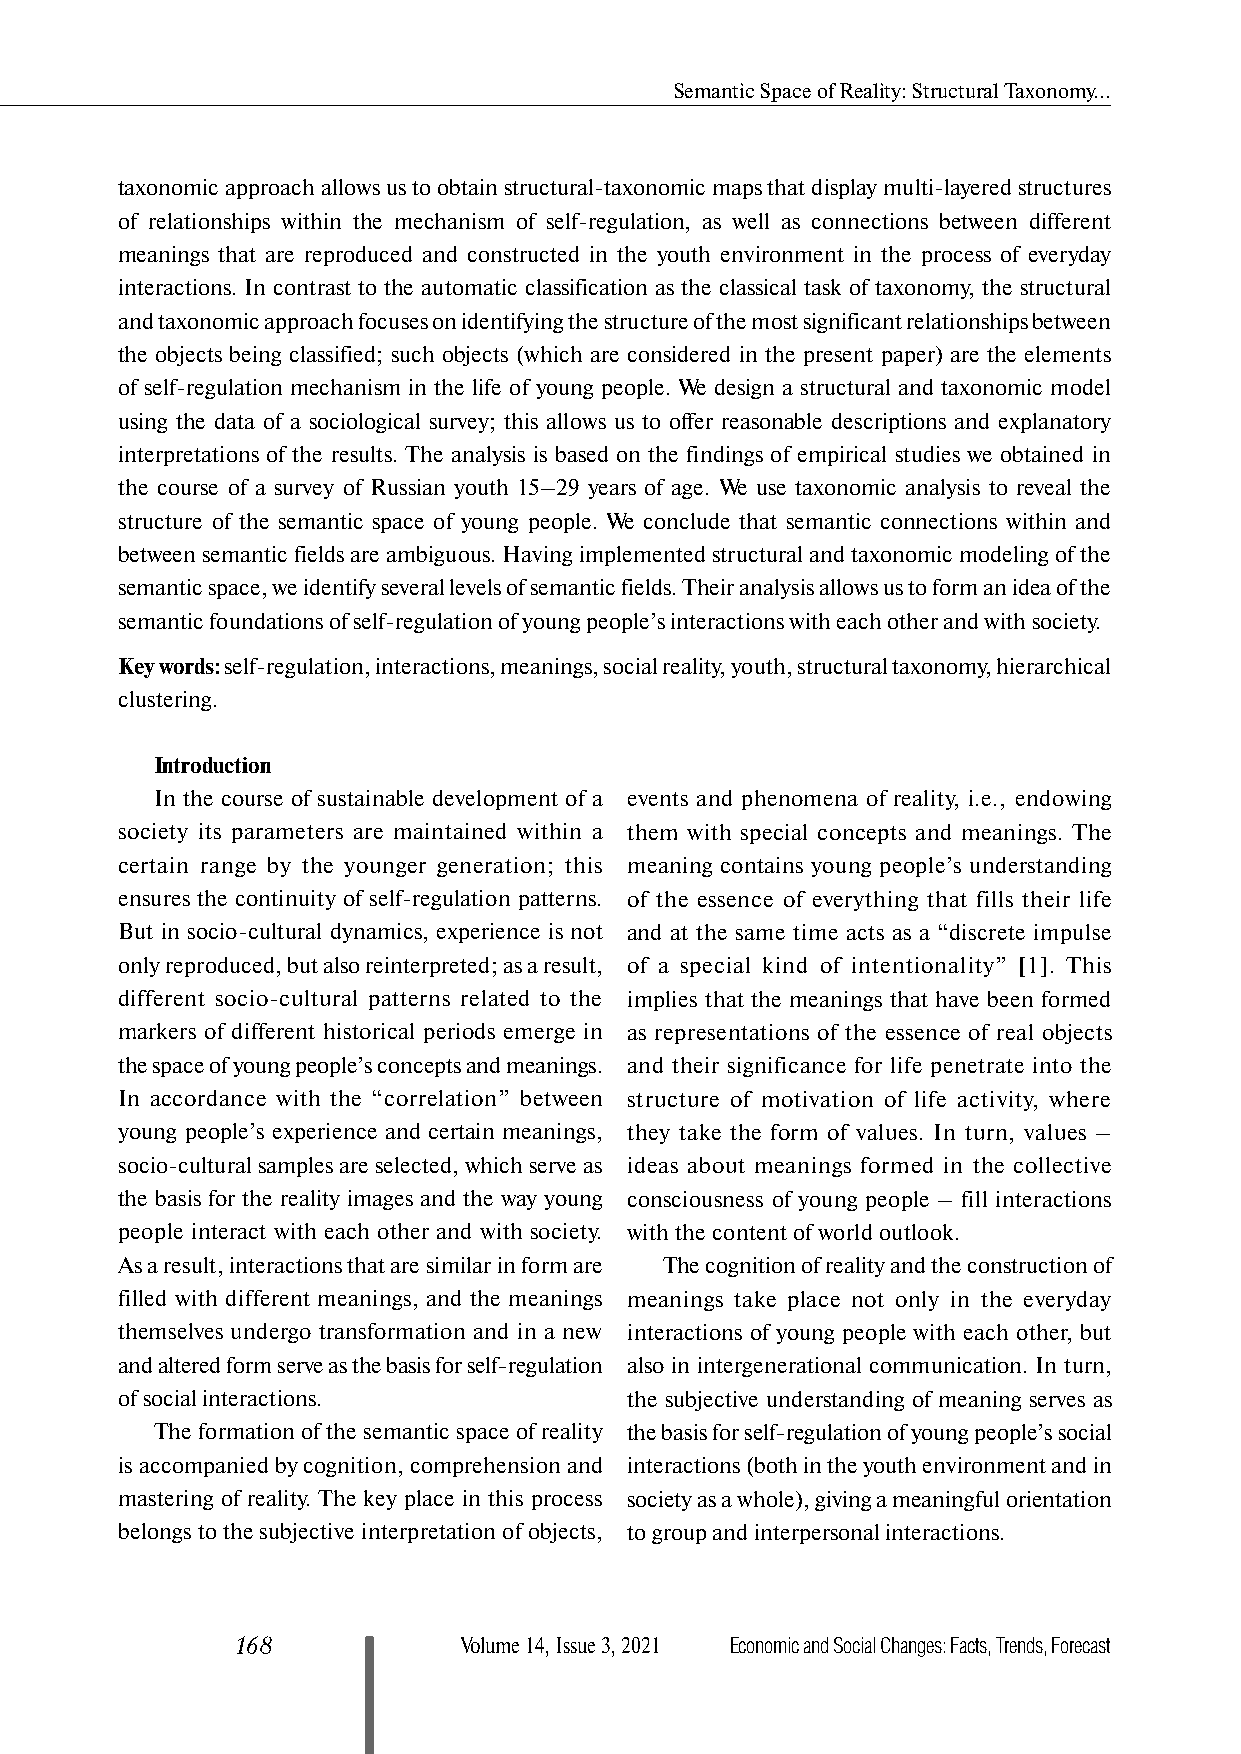
Semantic Space of Reality: Structural Taxonomy...
 taxonomic approach allows us to obtain structural-taxonomic maps that display multi-layered structures
 of relationships within the mechanism of self-regulation, as well as connections between different
 meanings that are reproduced and constructed in the youth environment in the process of everyday
 interactions. In contrast to the automatic classification as the classical task of taxonomy, the structural
 and taxonomic approach focuses on identifying the structure of the most significant relationships between
 the objects being classified; such objects (which are considered in the present paper) are the elements
 of self-regulation mechanism in the life of young people. We design a structural and taxonomic model
 using the data of a sociological survey; this allows us to offer reasonable descriptions and explanatory
 interpretations of the results. The analysis is based on the findings of empirical studies we obtained in
 the course of a survey of Russian youth 15–29 years of age. We use taxonomic analysis to reveal the
 structure of the semantic space of young people. We conclude that semantic connections within and
 between semantic fields are ambiguous. Having implemented structural and taxonomic modeling of the
 semantic space, we identify several levels of semantic fields. Their analysis allows us to form an idea of the
 semantic foundations of self-regulation of young people’s interactions with each other and with society.
 Key words: self-regulation, interactions, meanings, social reality, youth, structural taxonomy, hierarchical
 clustering.
 Introduction
 In the course of sustainable development of a events and phenomena of reality, i.e., endowing
 society its parameters are maintained within a them with special concepts and meanings. The
 certain range by the younger generation; this meaning contains young people’s understanding
 ensures the continuity of self-regulation patterns. of the essence of everything that fills their life
 But in socio-cultural dynamics, experience is not and at the same time acts as a “discrete impulse
 only reproduced, but also reinterpreted; as a result, of a special kind of intentionality” [1]. This
 different socio-cultural patterns related to the implies that the meanings that have been formed
 markers of different historical periods emerge in as representations of the essence of real objects
 the space of young people’s concepts and meanings. and their significance for life penetrate into the
 In accordance with the “correlation” between structure of motivation of life activity, where
 young people’s experience and certain meanings, they take the form of values. In turn, values –
 socio-cultural samples are selected, which serve as ideas about meanings formed in the collective
 the basis for the reality images and the way young consciousness of young people – fill interactions
 people interact with each other and with society. with the content of world outlook.
 As a result, interactions that are similar in form are The cognition of reality and the construction of
 filled with different meanings, and the meanings meanings take place not only in the everyday
 themselves undergo transformation and in a new interactions of young people with each other, but
 and altered form serve as the basis for self-regulation also in intergenerational communication. In turn,
 of social interactions.          the subjective understanding of meaning serves as
 The formation of the semantic space of reality the basis for self-regulation of young people’s social
 is accompanied by cognition, comprehension and interactions (both in the youth environment and in
 mastering of reality. The key place in this process society as a whole), giving a meaningful orientation
 belongs to the subjective interpretation of objects, to group and interpersonal interactions.
 168           Volume 14, Issue 3, 2021 Economic and Social Changes: Facts, Trends, Forecast